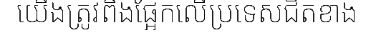
យើងត្រូវពឹងផ្អែកលើប្រទេសជិតខាង